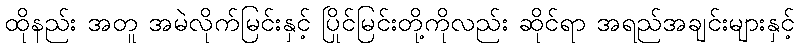
ထိုနည်း အတူ အမဲလိုက်မြင်းနှင့် ပြိုင်မြင်းတို့ကိုလည်း ဆိုင်ရာ အရည်အချင်းများနှင့်